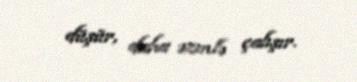
düşür, daha əzmlə çalışır.